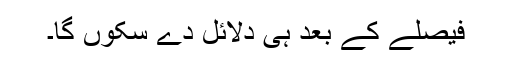
فیصلے کے بعد ہی دلائل دے سکوں گا۔